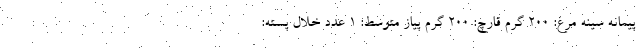
پیمانه سینه مرغ: ۲۰۰ گرم قارچ: ۲۰۰ گرم پیاز متوسط: ۱ عدد خلال پسته: